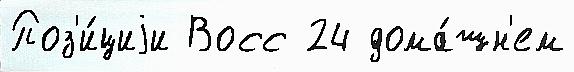
Поз'и́циjи Восс 24 дома́шн'ем